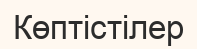
Көптістілер